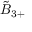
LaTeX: { \tilde { B } } _ { 3 + }